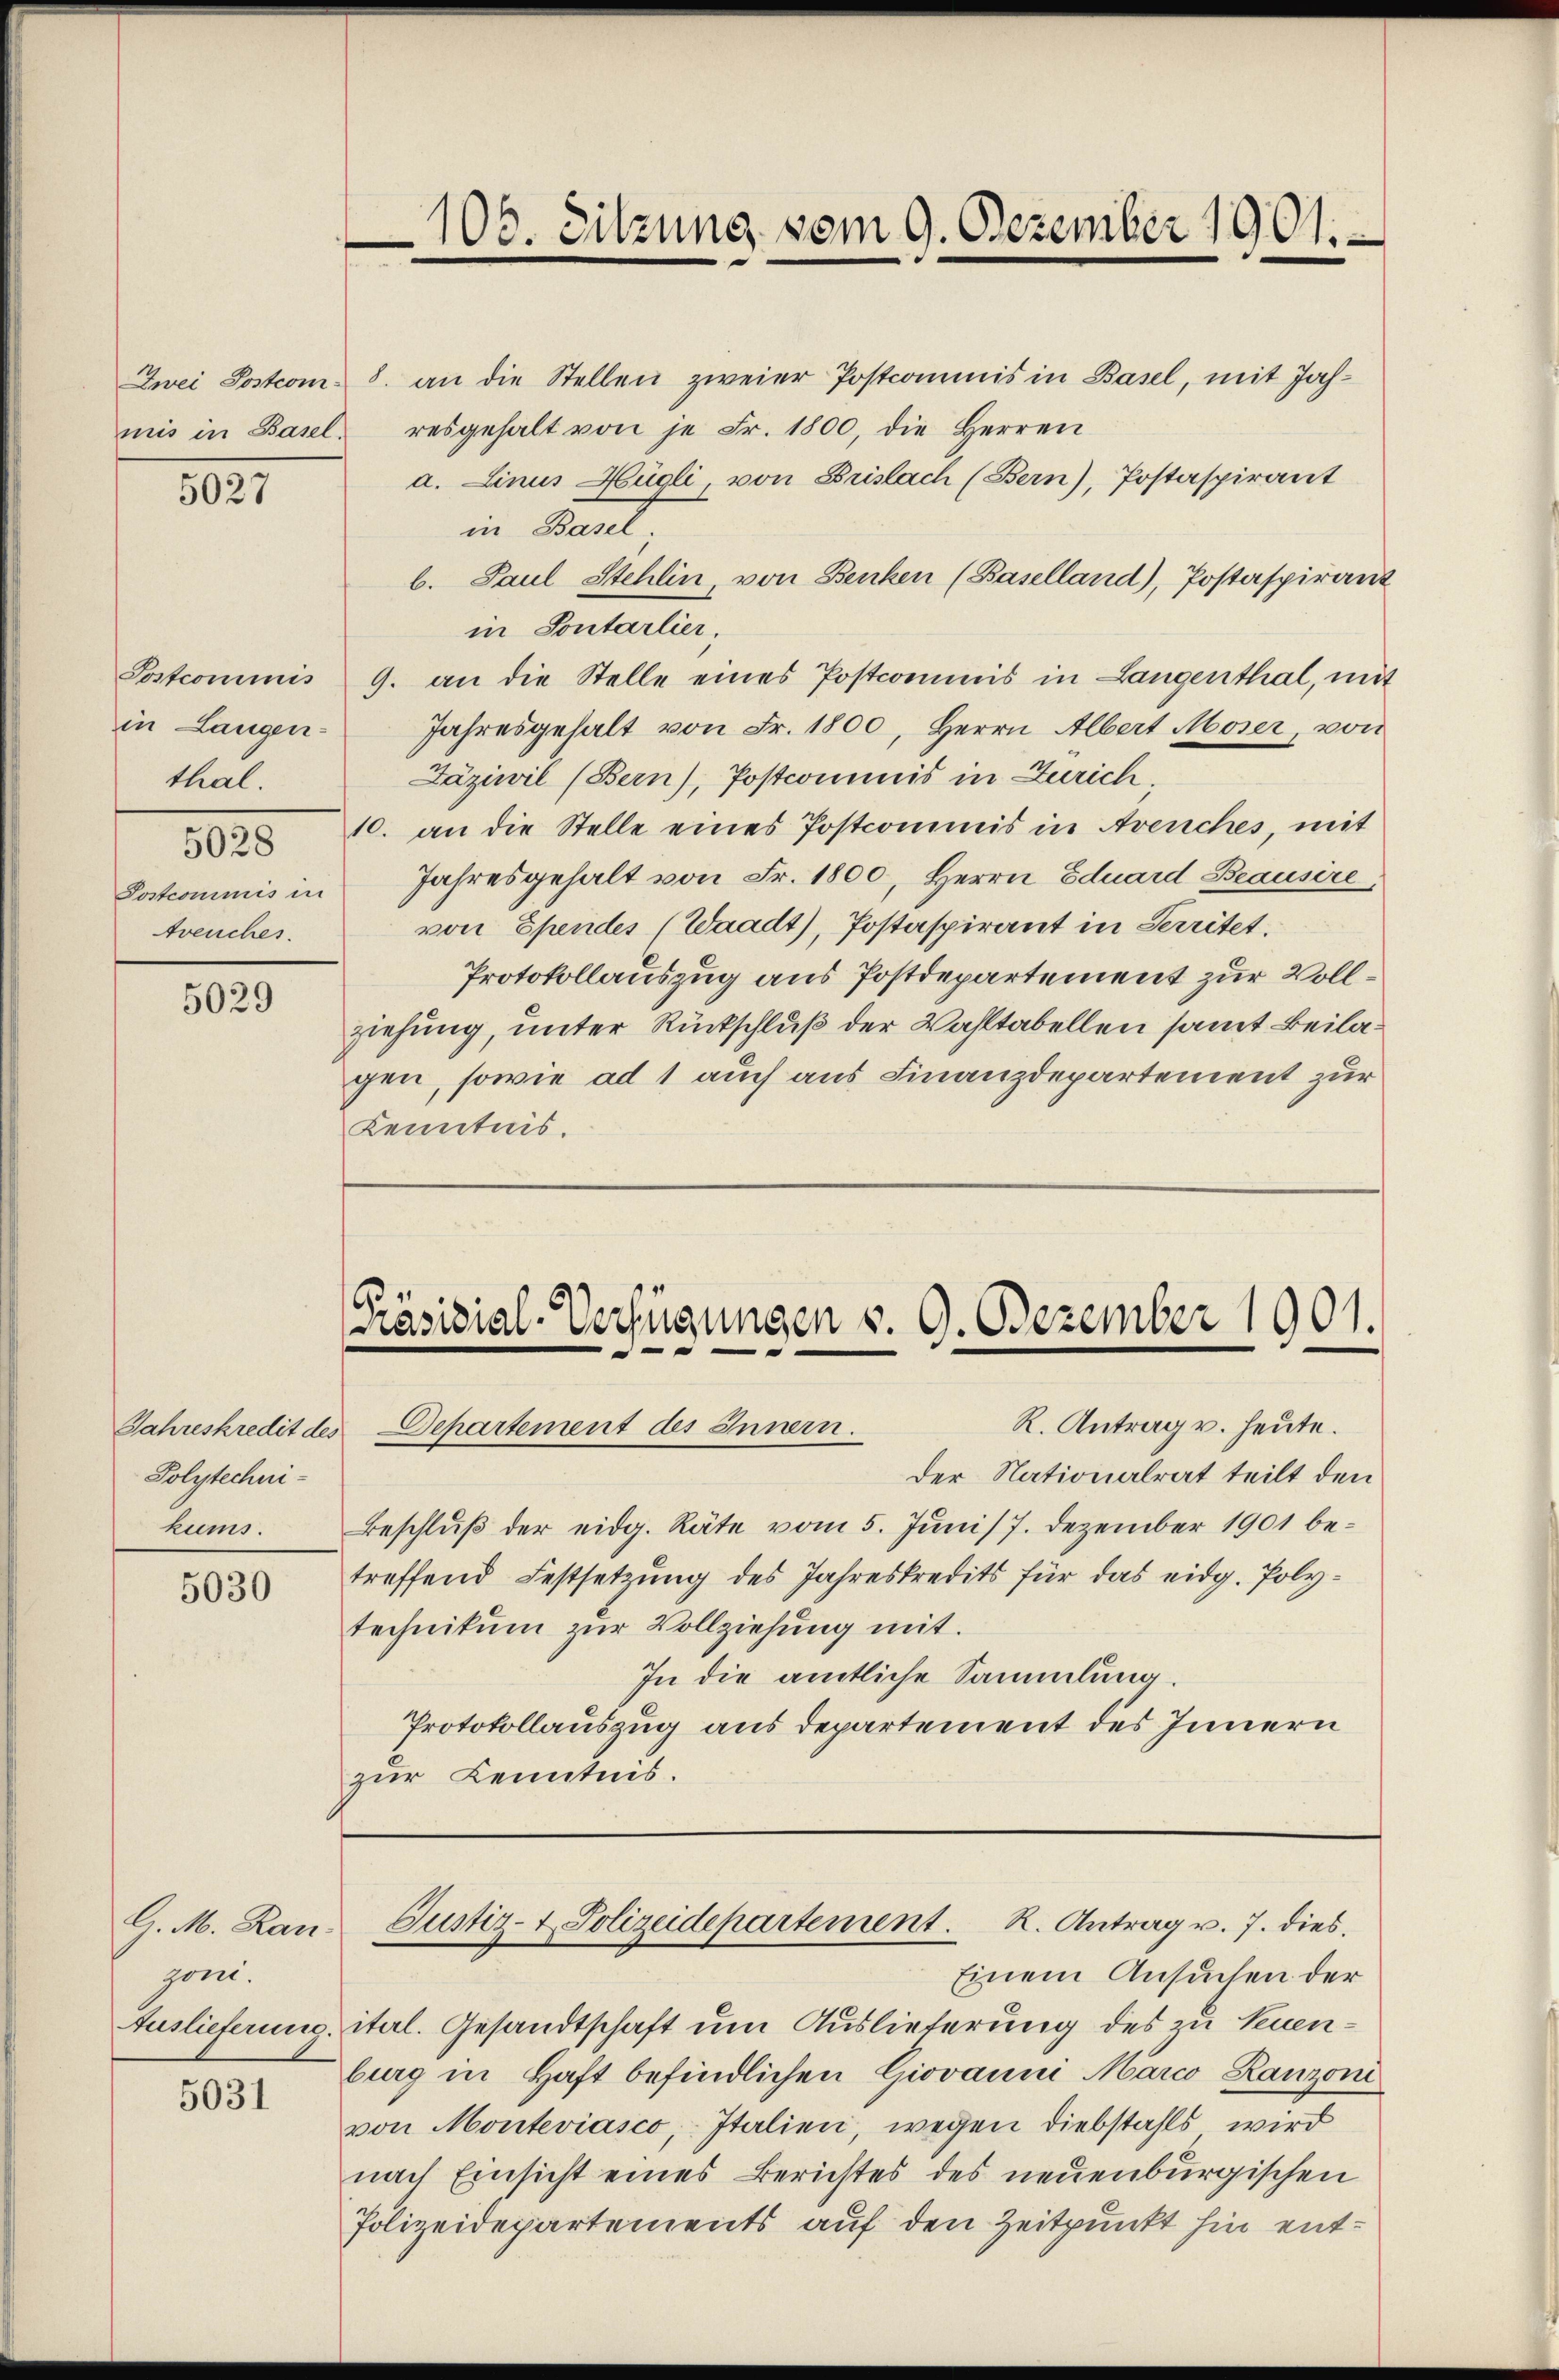
mis in Basel.

5027

in Langenthal.
Postcommis in
treuches.

5029

Polytechnikums.

5030

G. M. Ran
zoni.

5031

106. Sitzung vom 9. Dezember 1901.

[Präsidial-Verfügungen v. 9. Dezember 1901.

R. Antrag v. heute.
Jahreskredit des Departement des Innern.

Zwei Sostrom 8. an die Stellen zweier Postcommis in Basel, mit Jahresgehalt von je Fr. 1800, die Herren
a. Linus Hügli, von Brislach (Bern), Postaspirant
in Kant
b. Paul Stehlin, von Benken (Baselland), Postaspirant
in Sontarlier-
Postcommis 9. an die Stelle eines Postcommis in Langenthal, mit
Jahresgehalt von Fr. 1800, Herrn Albert Moser, von
Läziwil (Bern), Postcommis in Zürich
 10. an die Stelle eines Postcommis in Avenches, mit
Jahresgehalt von Fr. 1800, Herrn Eduard Beausire
von Spendes (Waadt), Postaspirant in Territet.
Protokollauszug aus Postdepartement zur Vollziehung, unter Rückschluß der Wahltabellen samt Beilagen, sowie ad 1 auch aus Finanzdepartement zur
Kenntnis.

Der Nationalrat teilt den
Beschluß der eidg. Räte vom 5. Juni /7. Dezember 1901 betreffend Festsetzung des Jahreskredits für das eidg. Polytechnikum zur Vollziehung mit.
In die amtliche Sammlung.
Protokollauszug aus departement des Innern
zur Kenntnis.

Justiz- & Polizeidepartement. R. Antrag v. 7. dies

Einem Ansuchen der
Auslieferung, itel. Gesandtschaft um Auslieferung des zu Neuenburg in Haft befindlichen Giovanni Marco Ranzoni
von Monteviasco, Italien, wegen Diebstahls wird
nach Einsicht eines Berichtes des neuenburgischen
Polizeidepartements auf den Zeitpunkt hin ent¬